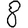
Digit: 8